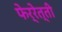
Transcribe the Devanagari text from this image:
फेर्रेत्ती